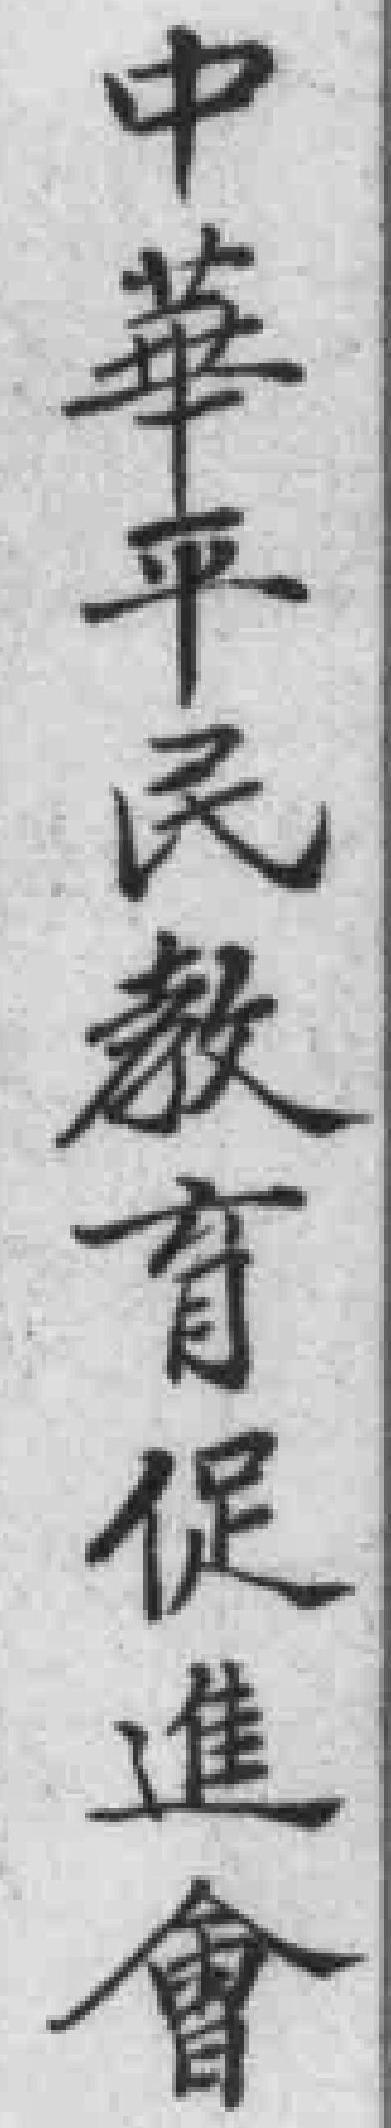
中華平民教育促進會